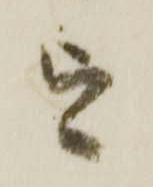
を